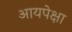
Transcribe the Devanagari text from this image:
आयपेक्षा